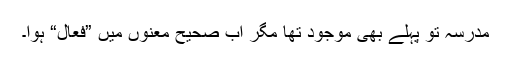
مدرسہ تو پہلے بھی موجود تھا مگر اب صحیح معنوں میں ”فعال“ ہوا۔